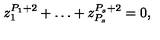
z _ { 1 } ^ { P _ { 1 } + 2 } + \dots + z _ { P _ { s } } ^ { P _ { s } + 2 } = 0 ,